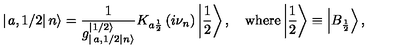
\left| \left. a , 1 / 2 \right| n \right\rangle = \frac { 1 } { g _ { \left| \left. a , 1 / 2 \right| n \right\rangle } ^ { \left| 1 / 2 \right\rangle } } K _ { a \frac { 1 } { 2 } } \left( i \nu _ { n } \right) \left| \frac { 1 } { 2 } \right\rangle , \quad \mathrm { w h e r e } \left| \frac { 1 } { 2 } \right\rangle \equiv \left| B _ { \frac { 1 } { 2 } } \right\rangle ,